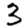
Digit: 3